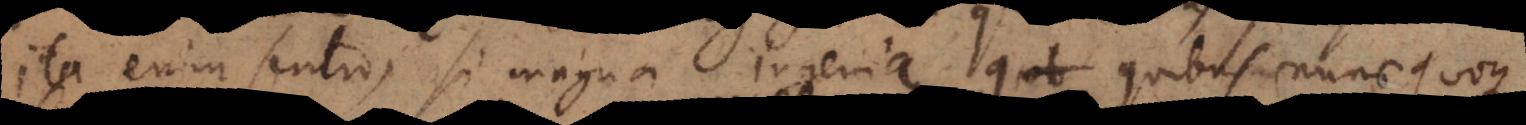
Ita enim sentio, si magna ingenia, quibus nunc quoque